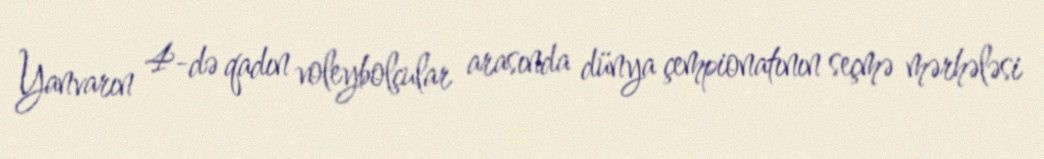
Yanvarın 4-də qadın voleybolçular arasında dünya çempionatının seçmə mərhələsi